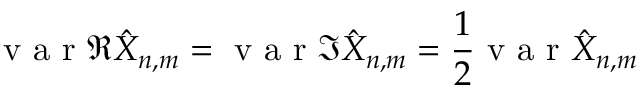
\mathrm { ~ v ~ a ~ r ~ } \Re \hat { X } _ { n , m } = \mathrm { ~ v ~ a ~ r ~ } \Im \hat { X } _ { n , m } = \frac { 1 } { 2 } \mathrm { ~ v ~ a ~ r ~ } \hat { X } _ { n , m }